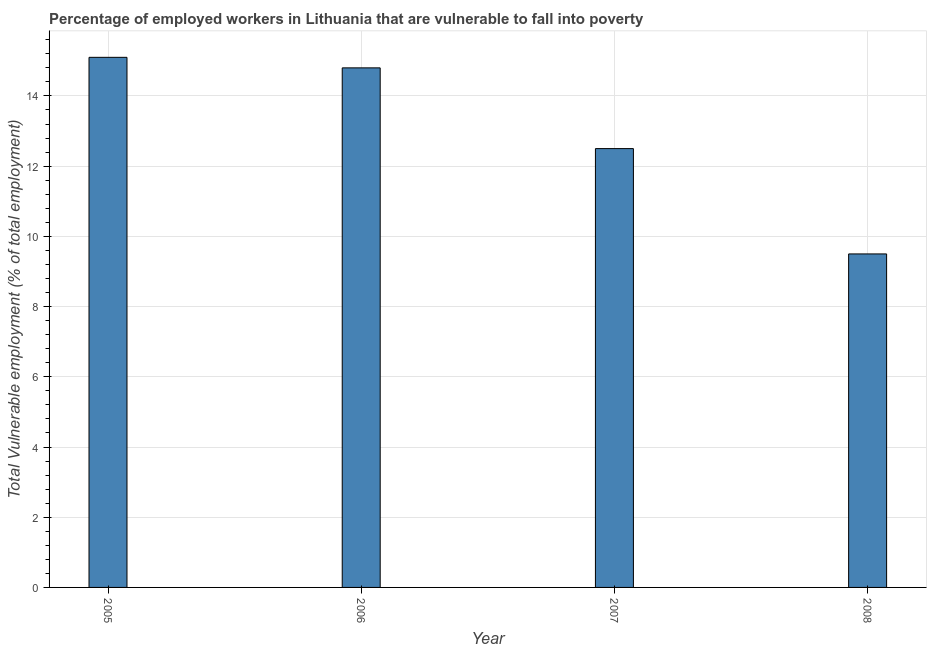
| Year | Vulnerable employment |
 | --- | --- |
 | 2005 | 15.1 |
 | 2006 | 14.8 |
 | 2007 | 12.5 |
 | 2008 | 9.5 |